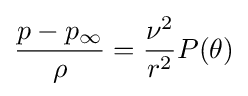
{\frac {p-p_{\infty }}{\rho }}={\frac {\nu ^{2}}{r^{2}}}P(\theta )